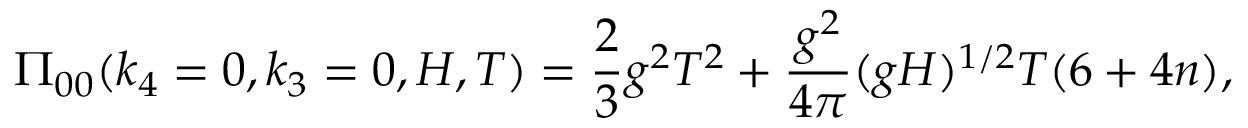
\Pi _ { 0 0 } ( k _ { 4 } = 0 , k _ { 3 } = 0 , H , T ) = \frac { 2 } { 3 } g ^ { 2 } T ^ { 2 } + \frac { g ^ { 2 } } { 4 \pi } ( g H ) ^ { 1 / 2 } T ( 6 + 4 n ) ,